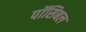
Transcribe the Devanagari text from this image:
पॉसिबल